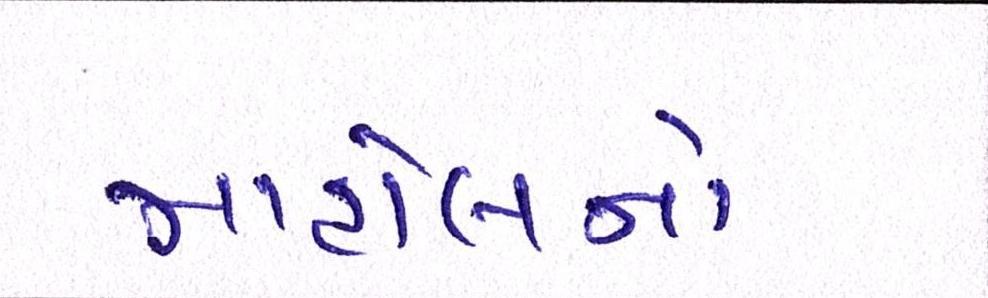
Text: માહોલનો